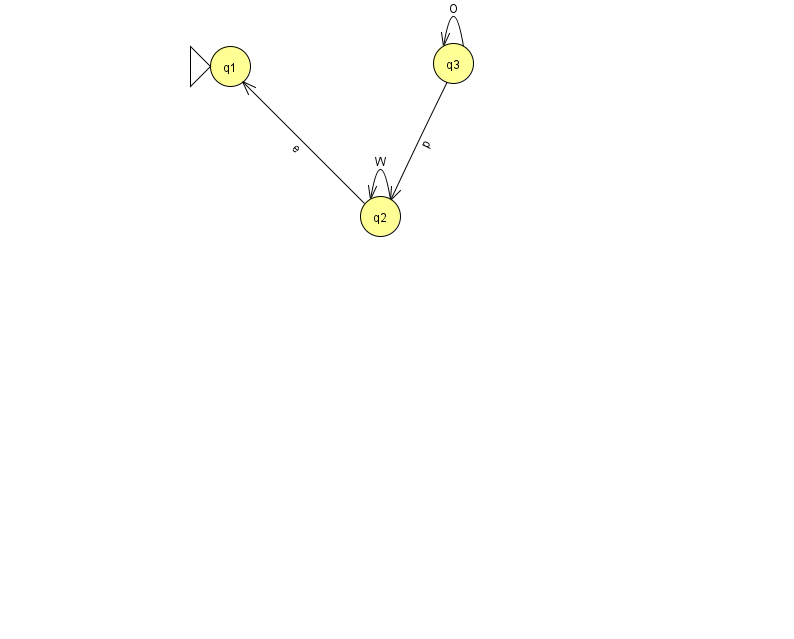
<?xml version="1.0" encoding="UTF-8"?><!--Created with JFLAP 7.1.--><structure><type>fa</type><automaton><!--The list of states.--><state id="1" name="q1"><x>230.0</x><y>53.0</y><initial/></state><state id="2" name="q2"><x>380.0</x><y>203.0</y></state><state id="3" name="q3"><x>453.0</x><y>50.0</y></state><!--The list of transitions.--><transition><from>2</from><to>1</to><read>e</read></transition><transition><from>2</from><to>2</to><read>W</read></transition><transition><from>3</from><to>2</to><read>p</read></transition><transition><from>3</from><to>3</to><read>O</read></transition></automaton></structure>